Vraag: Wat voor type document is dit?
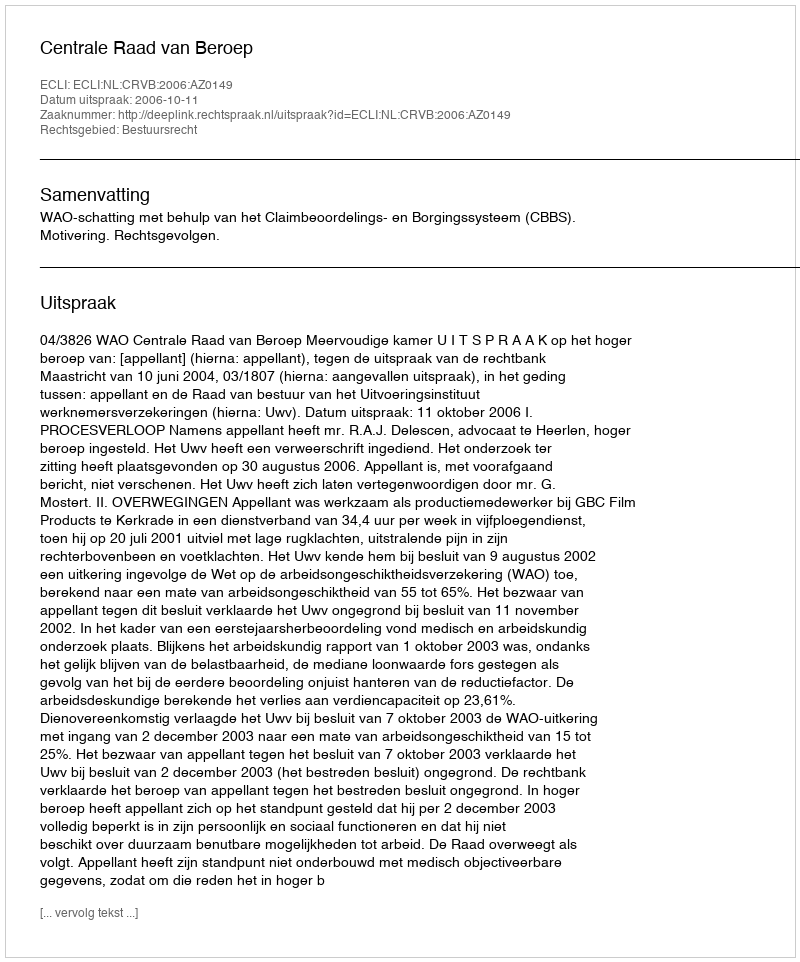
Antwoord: Uitspraak